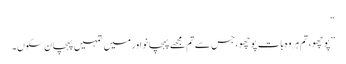
“
”پوچھو، تم ہر وہ بات پوچھو، جس سے تم مجھے پہچانو اور میں تمہیں پہچان سکوں۔